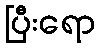
ပြီးရော